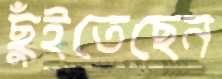
ছুঁইতেছেন